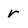
Character: r